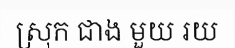
ស្រុក ជាង មួយ រយ